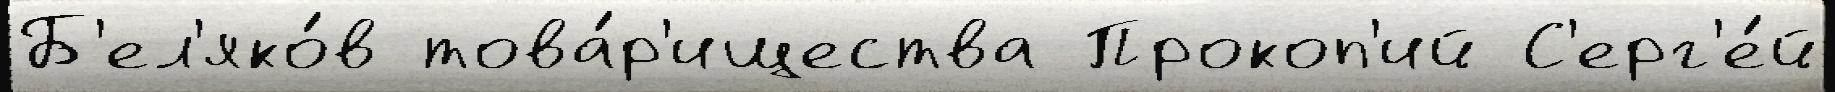
Б'ел'яко́в това́р'ищества Прокоп'ий С'ерг'е́й